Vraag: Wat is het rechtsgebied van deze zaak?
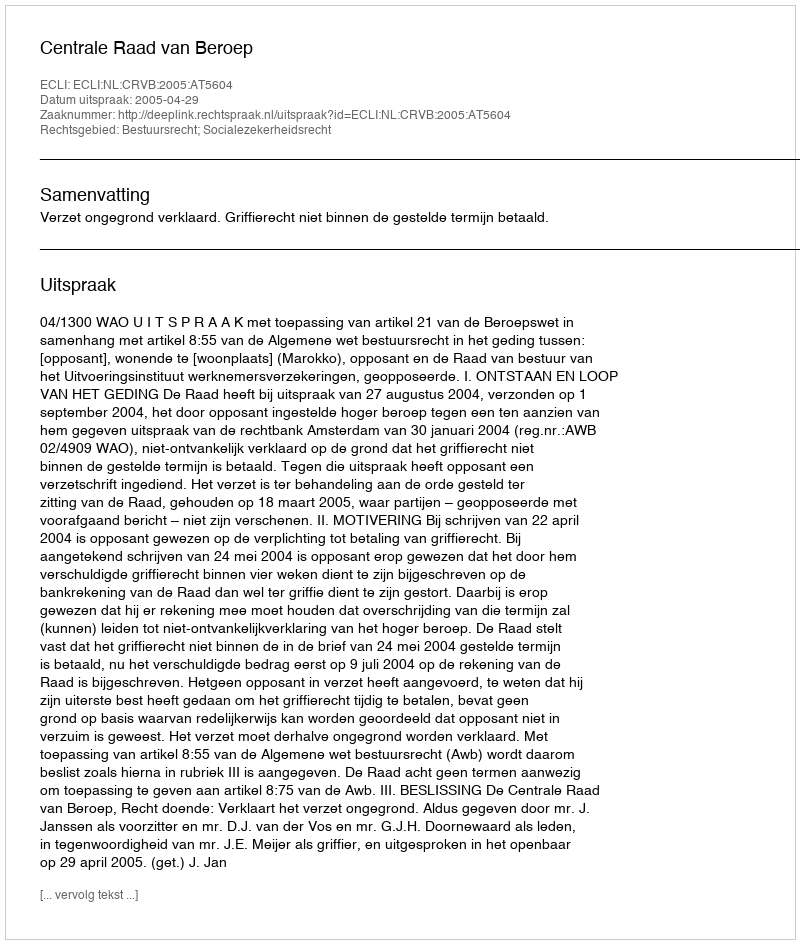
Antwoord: Bestuursrecht; Socialezekerheidsrecht